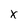
Character: x